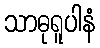
သာဓုရူပါနံ